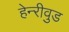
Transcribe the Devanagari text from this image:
हेन्‍रीवुड